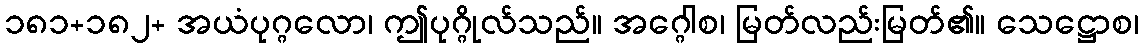
၁၈၁+၁၈၂+ အယံပုဂ္ဂလော၊ ဤပုဂ္ဂိုလ်သည်။ အဂ္ဂေါစ၊ မြတ်လည်းမြတ်၏။ သေဋ္ဌောစ၊